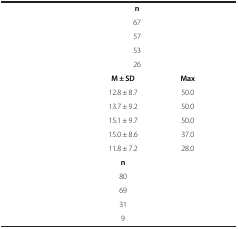
<table><thead><tr><td>[EMPTY_CELL]</td><td>[EMPTY_CELL]</td><td>[EMPTY_CELL]</td><td>[EMPTY_CELL]</td><td>[EMPTY_CELL]</td></tr></thead><tbody><tr><td>[EMPTY_CELL]</td><td colspan="2"><b>n</b></td><td>[EMPTY_CELL]</td><td>[EMPTY_CELL]</td></tr><tr><td>[EMPTY_CELL]</td><td colspan="2">67</td><td>[EMPTY_CELL]</td><td>[EMPTY_CELL]</td></tr><tr><td>[EMPTY_CELL]</td><td colspan="2">57</td><td>[EMPTY_CELL]</td><td>[EMPTY_CELL]</td></tr><tr><td>[EMPTY_CELL]</td><td colspan="2">53</td><td>[EMPTY_CELL]</td><td>[EMPTY_CELL]</td></tr><tr><td>[EMPTY_CELL]</td><td colspan="2">26</td><td>[EMPTY_CELL]</td><td>[EMPTY_CELL]</td></tr><tr><td>[EMPTY_CELL]</td><td><b>M ± SD</b></td><td>[EMPTY_CELL]</td><td><b>Max</b></td><td>[EMPTY_CELL]</td></tr><tr><td>[EMPTY_CELL]</td><td>12.8 ± 8.7</td><td>[EMPTY_CELL]</td><td>50.0</td><td>[EMPTY_CELL]</td></tr><tr><td>[EMPTY_CELL]</td><td>13.7 ± 9.2</td><td>[EMPTY_CELL]</td><td>50.0</td><td>[EMPTY_CELL]</td></tr><tr><td>[EMPTY_CELL]</td><td>15.1 ± 9.7</td><td>[EMPTY_CELL]</td><td>50.0</td><td>[EMPTY_CELL]</td></tr><tr><td>[EMPTY_CELL]</td><td>15.0 ± 8.6</td><td>[EMPTY_CELL]</td><td>37.0</td><td>[EMPTY_CELL]</td></tr><tr><td>[EMPTY_CELL]</td><td>11.8 ± 7.2</td><td>[EMPTY_CELL]</td><td>28.0</td><td>[EMPTY_CELL]</td></tr><tr><td>[EMPTY_CELL]</td><td><b>n</b></td><td>[EMPTY_CELL]</td><td colspan="2">[EMPTY_CELL]</td></tr><tr><td>[EMPTY_CELL]</td><td>80</td><td>[EMPTY_CELL]</td><td colspan="2">[EMPTY_CELL]</td></tr><tr><td>[EMPTY_CELL]</td><td>69</td><td>[EMPTY_CELL]</td><td colspan="2">[EMPTY_CELL]</td></tr><tr><td>[EMPTY_CELL]</td><td>31</td><td>[EMPTY_CELL]</td><td colspan="2">[EMPTY_CELL]</td></tr><tr><td>[EMPTY_CELL]</td><td>9</td><td>[EMPTY_CELL]</td><td colspan="2">[EMPTY_CELL]</td></tr></tbody></table>